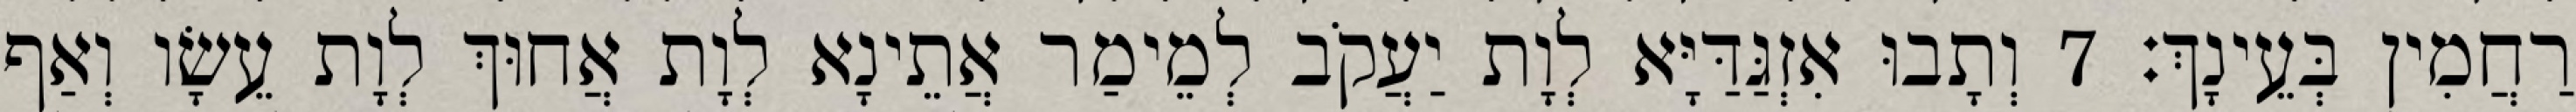
רַחֲמִין בְּעֵינָךְ׃ 7 וְתָבוּ אִזְגַּדַּיָּא לְוָת יַעֲקֹב לְמֵימַר אֲתֵינָא לְוָת אֲחוּךְ לְוָת עֵשָׂו וְאַף